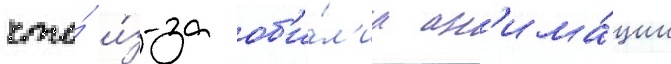
что́ и́з-за об'и́л'иа ан'има́ции